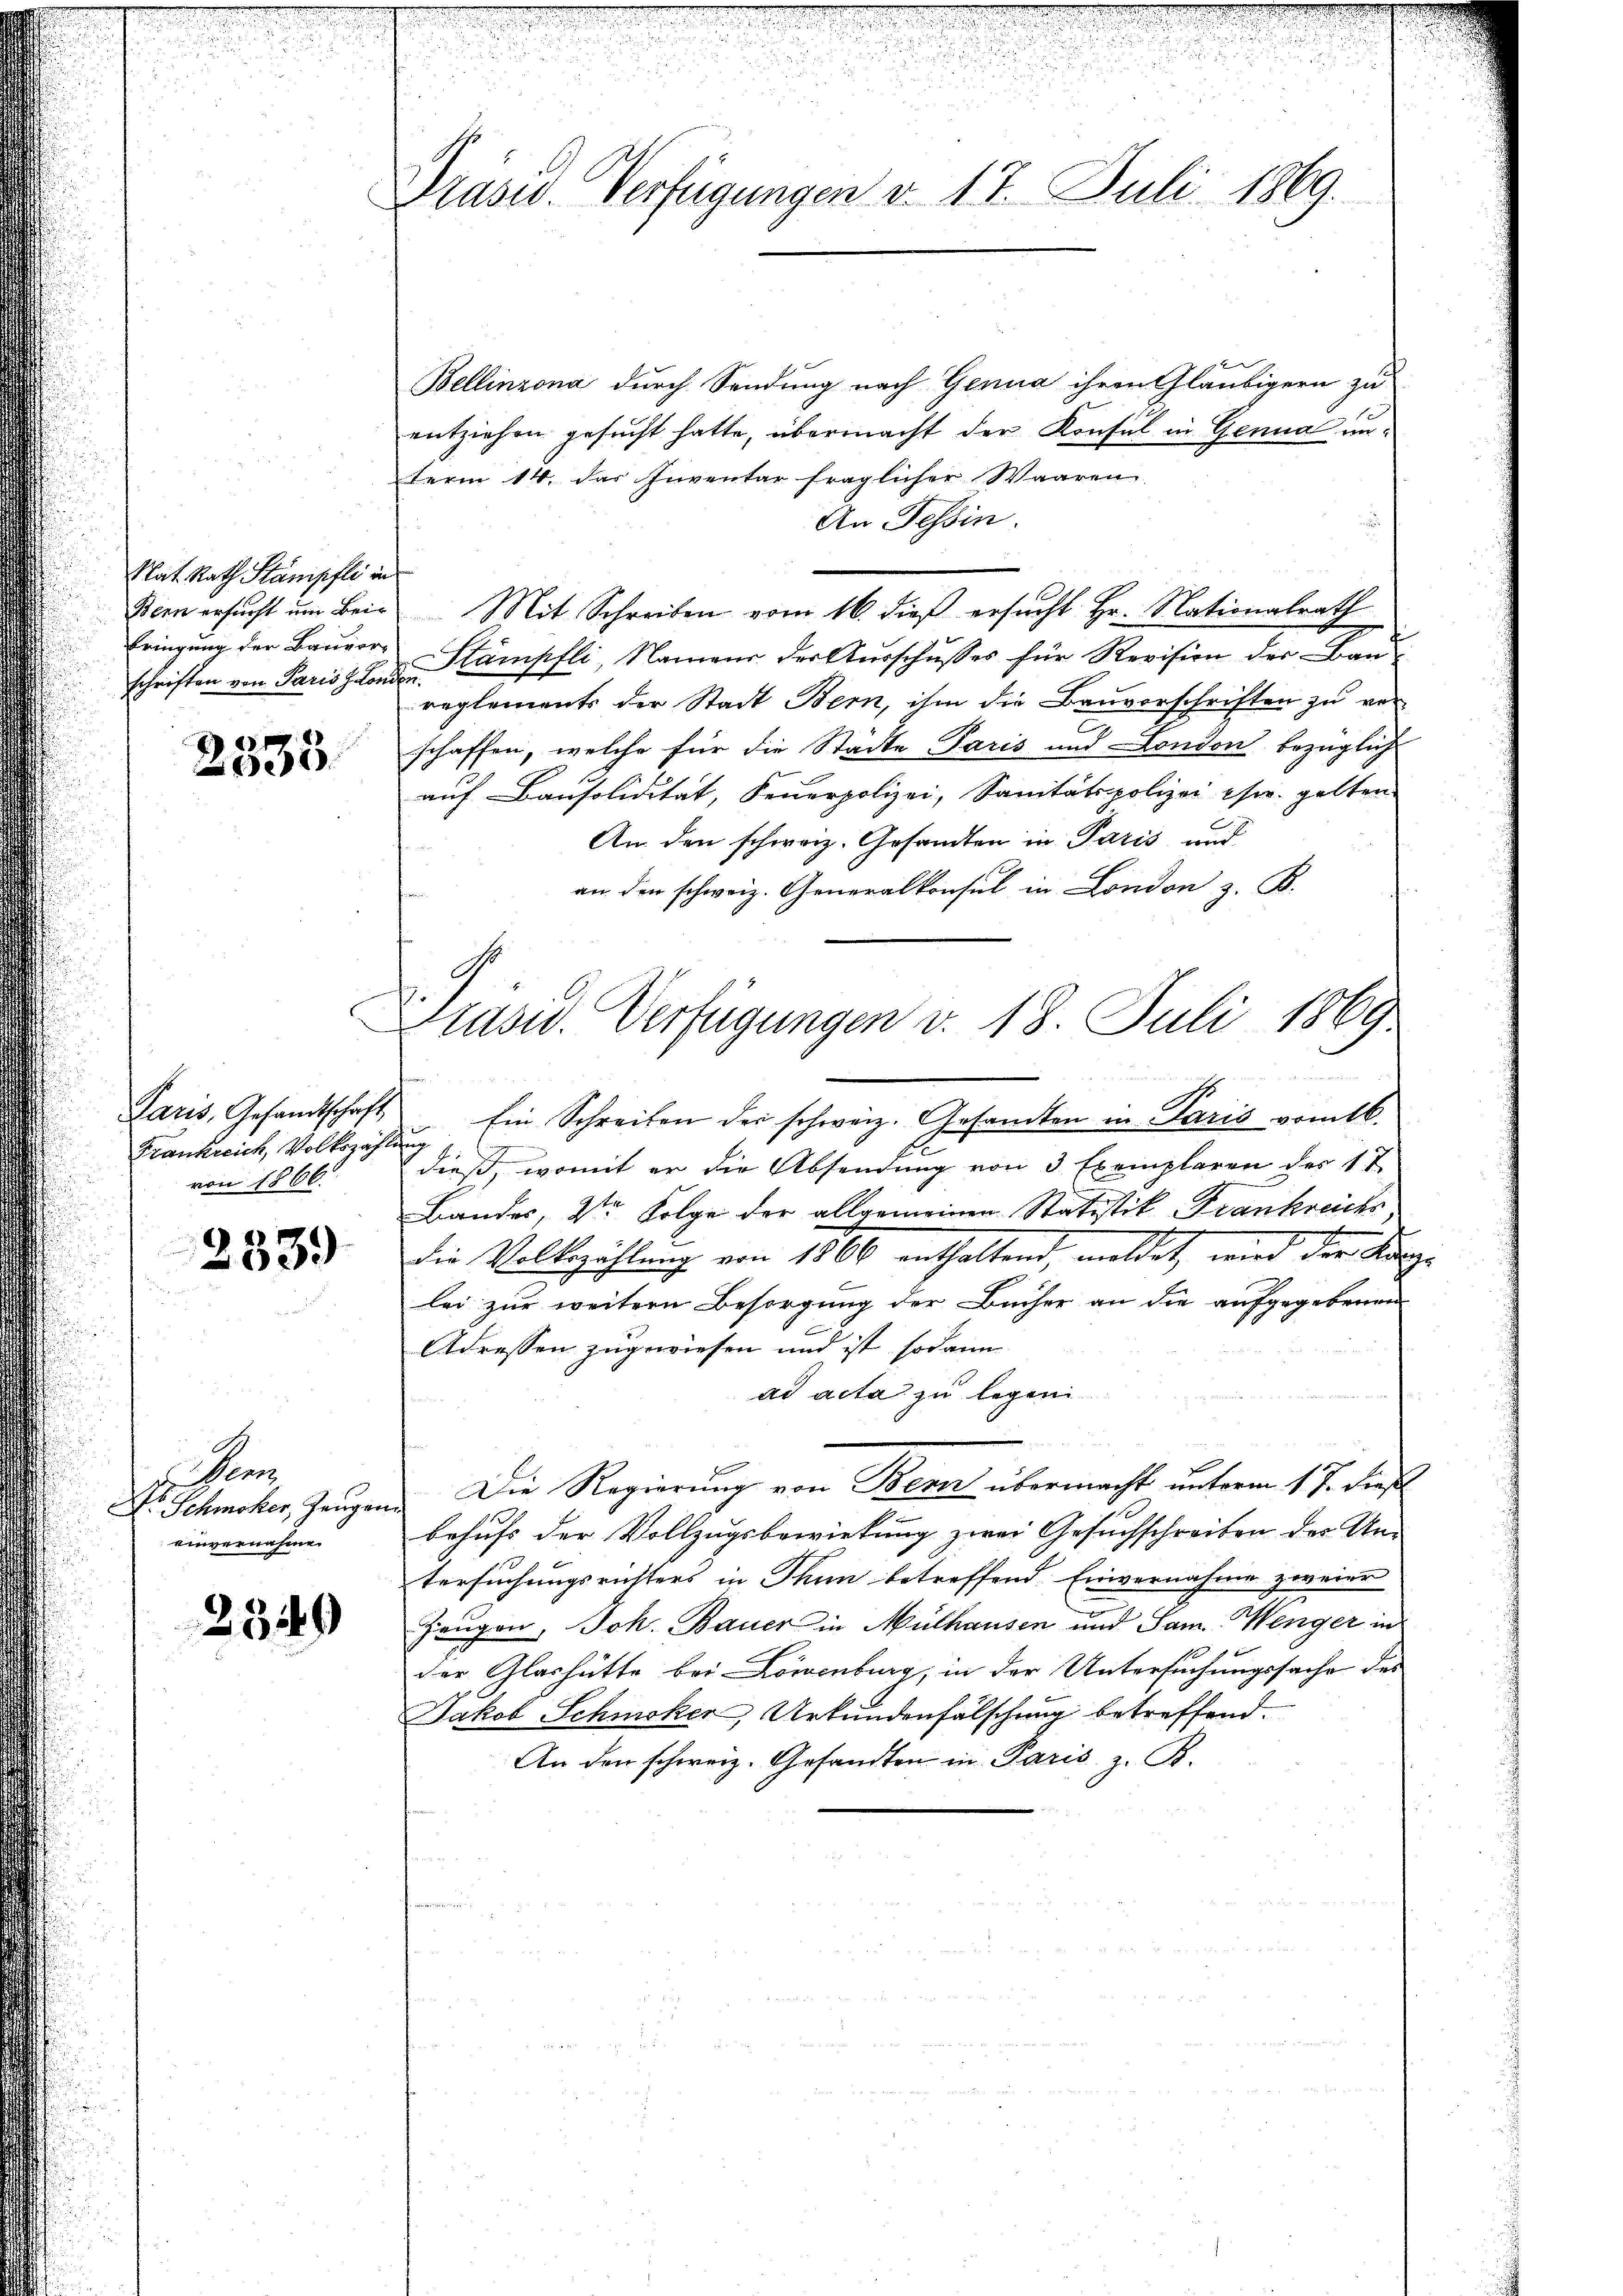
Plat. Rath Stämpfli in
Bern ersucht um Beibringung der Bauvor-
schriften von Paris z. Lond

2335

Frankreich, Volkszähl
von 1866.

2539

Pens
Dr. Schmoker, Zeugen
einvernahmen

2340

Präsid. Verfügungen v. 17. Juli 1869.

Präsid. Verfügungen v. 18. Juli 1869

Bellinzona durch Sendung nach Genua ihren Gläubigern zu
entziehen gesucht hatte, übermacht der Konsul in Genua unterm 14. das Inventar fraglicher Waaren
An Tessin.
Mit Schreiben vom 16. dieß ersucht Hr. Nationalrath
Stämpfli, Namens der Aŭsschŭsses für Revision der Baŭ-
hi
reglements der Stadt Bern, ihm die Bauvorschriften zu verschaffen, welche für die Städte Paris und London bezüglich
auf Bausolidität, Feuerpolizei, Sanitätspolizei usw. gelten
An den schweiz. Gesandten in Paris und
an den schweiz. Generalkonsul in London z. B.
Paris, Gesandtschaft Ein Schreiben der schweiz. Gesandten in Paris vom 16.
u
dieß, womit er die Absendung von 3 Exemplaren des 17
Bandes, 2ten Folge der allgemeinen Statistik Frankreichs
die Volkszählung von 1860 enthaltend, meldet, wird der Kan
lei zur weitern Besorgung der Bücher an die aufgegebenen
Adressen zugewiesen und ist sodann
ad acta zu legen
Die Regierung von Bern übermacht unterm 1. J. dies
behufs der Vollzugsbewirkung zwei Gesuchschreiben der Um-
tersuchungsrichters in Thun betreffend Einvernahme zweier
Zeugen, Joh. Bauer in Mülhausen und Sam. Wenger in
der Glashütte bei Löwenburg, in der Untersuchungssache des
Jakob Schmisker, Urkundenfälschung betreffend.
An den schweiz. Gesandten in Paris z. B.